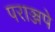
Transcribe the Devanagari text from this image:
पराञ्जपे